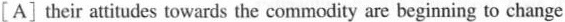
[A] their attitudes towards the commodity are beginning to change